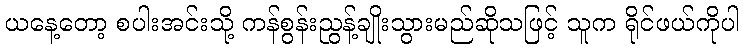
ယနေ့တော့ စပါးအင်းသို့ ကန်စွန်းညွန့်ချိုးသွားမည်ဆိုသဖြင့် သူက ရိုင်ဖယ်ကိုပါ